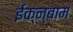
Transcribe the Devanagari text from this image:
ईक्न्बाम